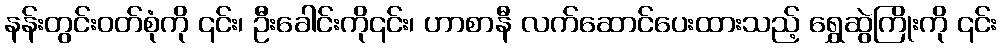
နန်းတွင်းဝတ်စုံကို ၎င်း၊ ဦးခေါင်းကို၎င်း၊ ဟာစာနီ လက်ဆောင်ပေးထားသည့် ရွှေဆွဲကြိုးကို ၎င်း